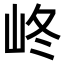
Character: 峂